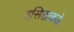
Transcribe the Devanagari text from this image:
वसिष्ठाकडे